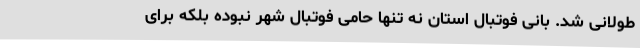
طولانی شد. بانی فوتبال استان نه تنها حامی فوتبال شهر نبوده بلکه برای